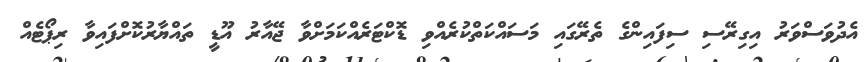
އެދުވަސްވަރު އިގިރޭސި ސިފައިންގެ ތެރޭގައި މަސައްކަތްކުރެއްވި ޑޮކްޓަރެއްކަމަށްވާ ޖޭއާރު އޫޑީ ތައްޔާރުކޮށްފައިވާ ރިޕޯޓެއް